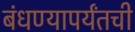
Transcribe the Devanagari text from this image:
बंधण्यापर्यंतची